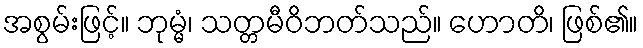
အစွမ်းဖြင့်။ ဘုမ္မံ၊ သတ္တမီဝိဘတ်သည်။ ဟောတိ၊ ဖြစ်၏။